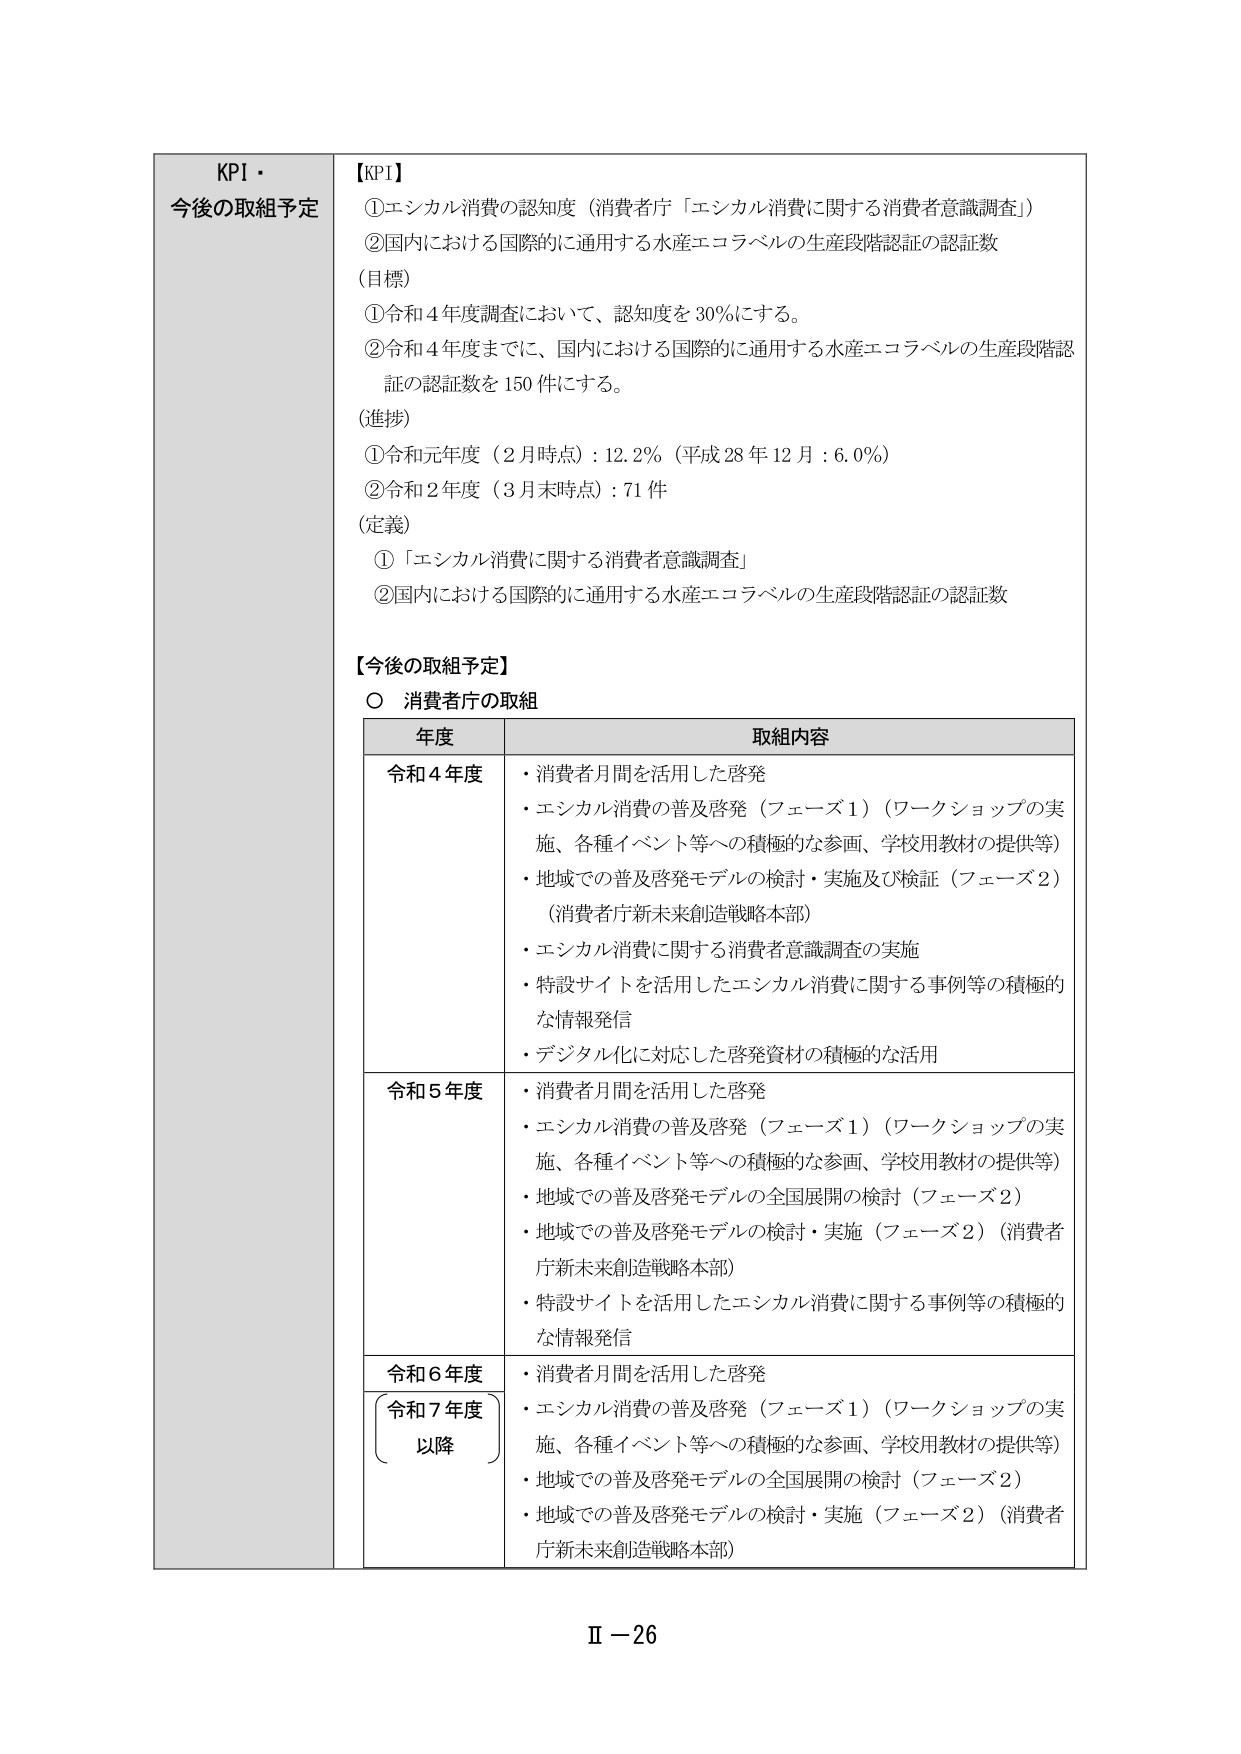
KPI・
今後の取組予定

【KPI】
①エシカル消費の認知度（消費者庁「エシカル消費に関する消費者意識調査」）
②国内における国際的に通用する水産エコラベルの生産段階認証の認証数
（目標）
①令和4年度調査において、認知度を30％にする。
②令和4年度までに、国内における国際的に通用する水産エコラベルの生産段階認証の認証数を150件にする。
（進捗）
①令和元年度（2月時点）：12.2％（平成28年12月：6.0％）
②令和2年度（3月末時点）：71件
（定義）
①「エシカル消費に関する消費者意識調査」
②国内における国際的に通用する水産エコラベルの生産段階認証の認証数

【今後の取組予定】
○ 消費者庁の取組

年度 取組内容
令和4年度
・消費者月間を活用した啓発
・エシカル消費の普及啓発（フェーズ1）（ワークショップの実施、各種イベント等への積極的な参画、学校用教材の提供等）
・地域での普及啓発モデルの検討・実施及び検証（フェーズ2）（消費者庁新未来創造戦略本部）
・エシカル消費に関する消費者意識調査の実施
・特設サイトを活用したエシカル消費に関する事例等の積極的な情報発信
・デジタル化に対応した啓発資材の積極的な活用

令和5年度
・消費者月間を活用した啓発
・エシカル消費の普及啓発（フェーズ1）（ワークショップの実施、各種イベント等への積極的な参画、学校用教材の提供等）
・地域での普及啓発モデルの全国展開の検討（フェーズ2）
・地域での普及啓発モデルの検討・実施（フェーズ2）（消費者庁新未来創造戦略本部）
・特設サイトを活用したエシカル消費に関する事例等の積極的な情報発信

令和6年度
・消費者月間を活用した啓発

令和7年度
以降
・エシカル消費の普及啓発（フェーズ1）（ワークショップの実施、各種イベント等への積極的な参画、学校用教材の提供等）
・地域での普及啓発モデルの全国展開の検討（フェーズ2）
・地域での普及啓発モデルの検討・実施（フェーズ2）（消費者庁新未来創造戦略本部）

Ⅱ－26